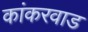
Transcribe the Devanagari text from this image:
कांकरवाड